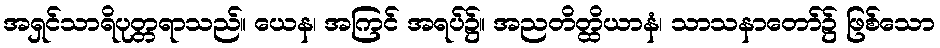
အရှင်သာရိပုတ္တရာသည်။ ယေန၊ အကြင် အရပ်၌။ အညတိတ္ထိယာနံ၊ သာသနာတော်၌ ဖြစ်သော